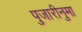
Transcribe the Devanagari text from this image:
पुजारीनुमा